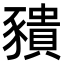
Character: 𧲆